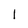
Character: 1